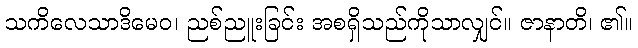
သကိလေသာဒိမေဝ၊ ညစ်ညူးခြင်း အစရှိသည်ကိုသာလျှင်။ ဇာနာတိ၊ ၏။